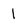
Character: 1